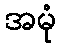
အမုံ